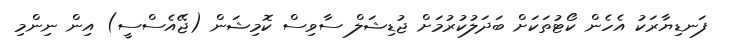
ފަނޑިޔާރަކު އެހެން ކޯޓުތަކަށް ބަދަލުކުރުމަށް ޖުޑިޝަލް ސާވިސް ކޮމިޝަން (ޖޭއެސްސީ) އިން ނިންމި